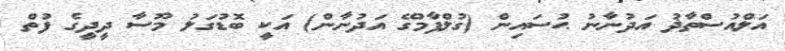
އަލްއުސްތާޛު އަދުނާނު ޙުސައިން (ގުލްފާމުގޭ އަދުނާން) އަކީ ބޮޑުގަލު މޫސާ ދީދީގެ ފުތް